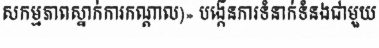
សកម្មភាពស្នាក់ការកណ្តាល)» បង្កើនការទំនាក់ទំនងជាមួយ